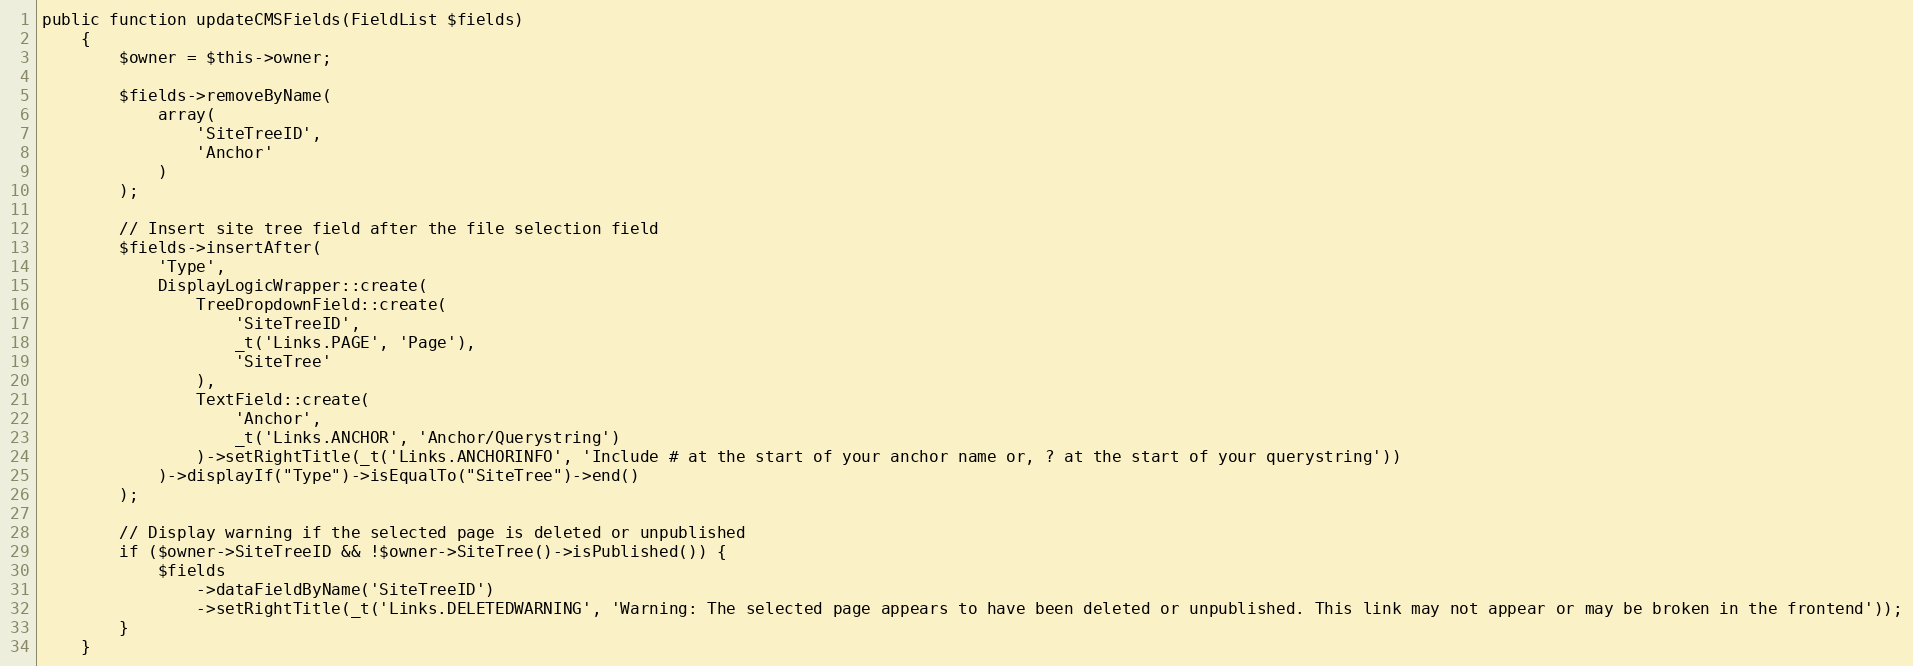
Language: PHP
public function updateCMSFields(FieldList $fields)
    {
        $owner = $this->owner;

        $fields->removeByName(
            array(
                'SiteTreeID',
                'Anchor'
            )
        );

        // Insert site tree field after the file selection field
        $fields->insertAfter(
            'Type',
            DisplayLogicWrapper::create(
                TreeDropdownField::create(
                    'SiteTreeID',
                    _t('Links.PAGE', 'Page'),
                    'SiteTree'
                ),
                TextField::create(
                    'Anchor',
                    _t('Links.ANCHOR', 'Anchor/Querystring')
                )->setRightTitle(_t('Links.ANCHORINFO', 'Include # at the start of your anchor name or, ? at the start of your querystring'))
            )->displayIf("Type")->isEqualTo("SiteTree")->end()
        );

        // Display warning if the selected page is deleted or unpublished
        if ($owner->SiteTreeID && !$owner->SiteTree()->isPublished()) {
            $fields
                ->dataFieldByName('SiteTreeID')
                ->setRightTitle(_t('Links.DELETEDWARNING', 'Warning: The selected page appears to have been deleted or unpublished. This link may not appear or may be broken in the frontend'));
        }
    }